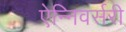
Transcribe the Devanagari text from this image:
ऐन्निवर्सरी